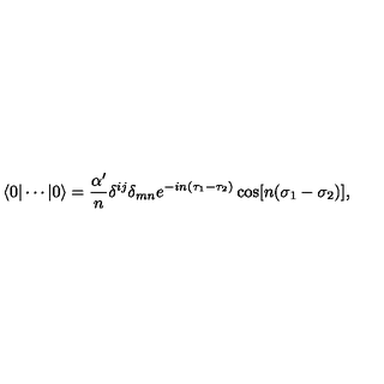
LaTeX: \langle 0 | \cdots | 0 \rangle = \frac { \alpha ^ { \prime } } { n } \delta ^ { i j } \delta _ { m n } e ^ { - i n ( \tau _ { 1 } - \tau _ { 2 } ) } \cos [ n ( \sigma _ { 1 } - \sigma _ { 2 } ) ] ,